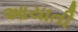
આયાતી